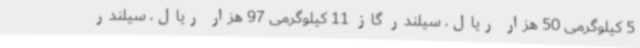
5 کیلوگرمی 50 هزار ریال، سیلندر گاز 11 کیلوگرمی 97 هزار ریال، سیلندر